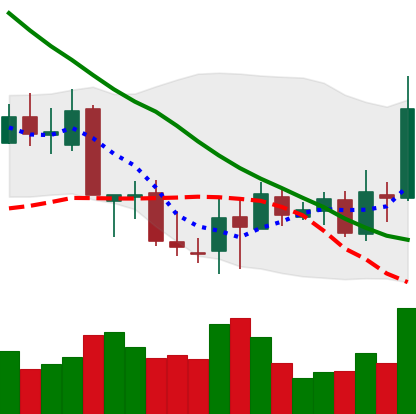
Ticker: XLM-USD
Chart end date: 2018-09-20
Forward return: 8.801%
Label: up_7plus